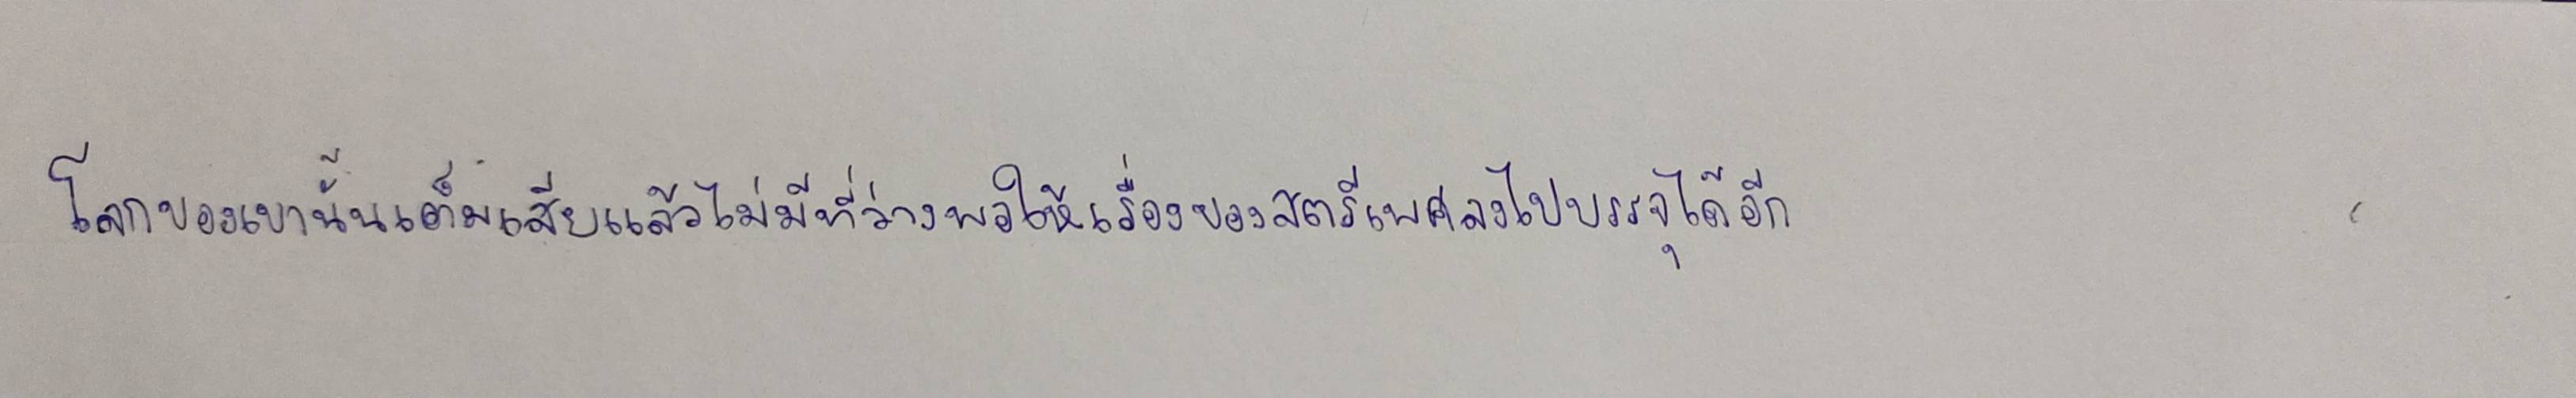
โลกของเขานั้นเต็มเสียแล้วไม่มีที่ว่างพอให้เรื่องของสตรีเพศลงไปบรรจุได้อีก